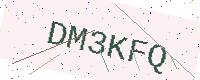
Text: DM3KFQ